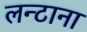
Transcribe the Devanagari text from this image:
लन्टाना